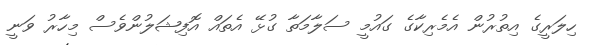
ހިލަރީގެ އިތުރުން އެމެރިކާގެ ގައުމީ ސަލާމަތާ ގުޅޭ އެތައް އޮފިޝަލުންވެސް މިހާރު ވަނީ